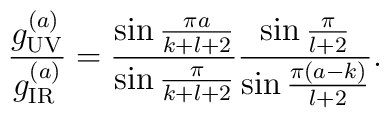
{g_{\tiny\rm UV}^{(a)}\over{g_{\tiny\rm IR}^{(a)}}}={\sin{\pi a\over{k+l+2}}\over{\sin{\pi\over{k+l+2}}}}{\sin{\pi\over{l+2}}\over{\sin{\pi(a-k)\over{l+2}}}}.